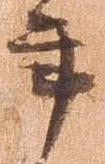
年